Vaccination in Bombay 1924-1928 - 1924-1928
Year: 1924
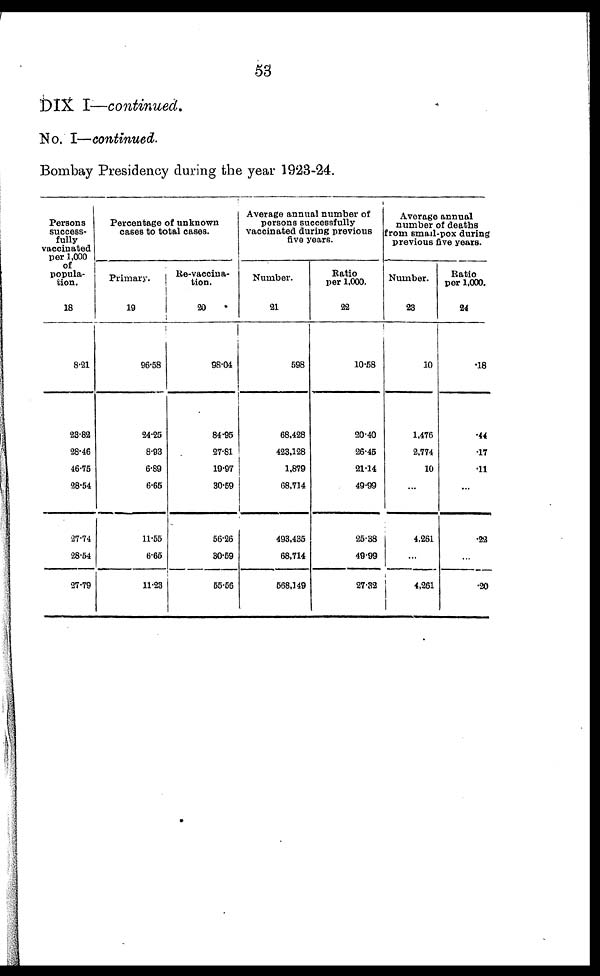
53
DIX I—continued.
No. I—continued.
Bombay Presidency during the year 1923-24.
Persons
success-
fully
vaccinated
per 1,000
of
popula-
tion.
18
8.21
23.83
28.46
46.75
28.54
27.74
28.54
27.79
Percentage of unknown
cases to total cases.
Primary.
19
96.58
24.25
8.93
6.89
6.65
11.55
6.65
11.23
Re-vaccina¬
tion
20
96.04
84.95
27.81
19.97
30.59
56.26
30.59
55.56
Average annual number of
persons successfully
vaccinated during previous
five years.
Number.
21
598
68,428
423,128
1,879
68,714
493,435
68,714
568,149
Ratio
per 1,000.
22
10.58
20.40
26.45
21.14
49.99
25.38
49.99
27.32
Average annual
number of deaths
from small-pox during
previous five years.
Number.
23
10
1,476
2,774
10
...
4.261
...
4,261
Ratio
per 1,000.
24
.18
.44
.17
.11
...
.22
...
.20